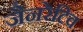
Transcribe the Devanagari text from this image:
जैनरेटिव